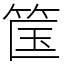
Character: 筺